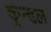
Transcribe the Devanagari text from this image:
कुन्डल